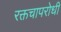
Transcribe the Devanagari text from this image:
रक्तचापरोधी